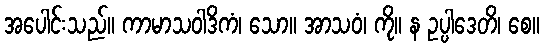
အပေါင်းသည်။ ကာမာသဝါဒိကံ၊ သော။ အာသဝံ၊ ကို။ န ဥပ္ပါဒေတိ၊ စေ။